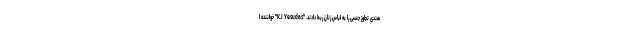
هندی تجاوز جنسی را به لباس زنان ربط دادند. "KJ Yesudas" خواننده ا